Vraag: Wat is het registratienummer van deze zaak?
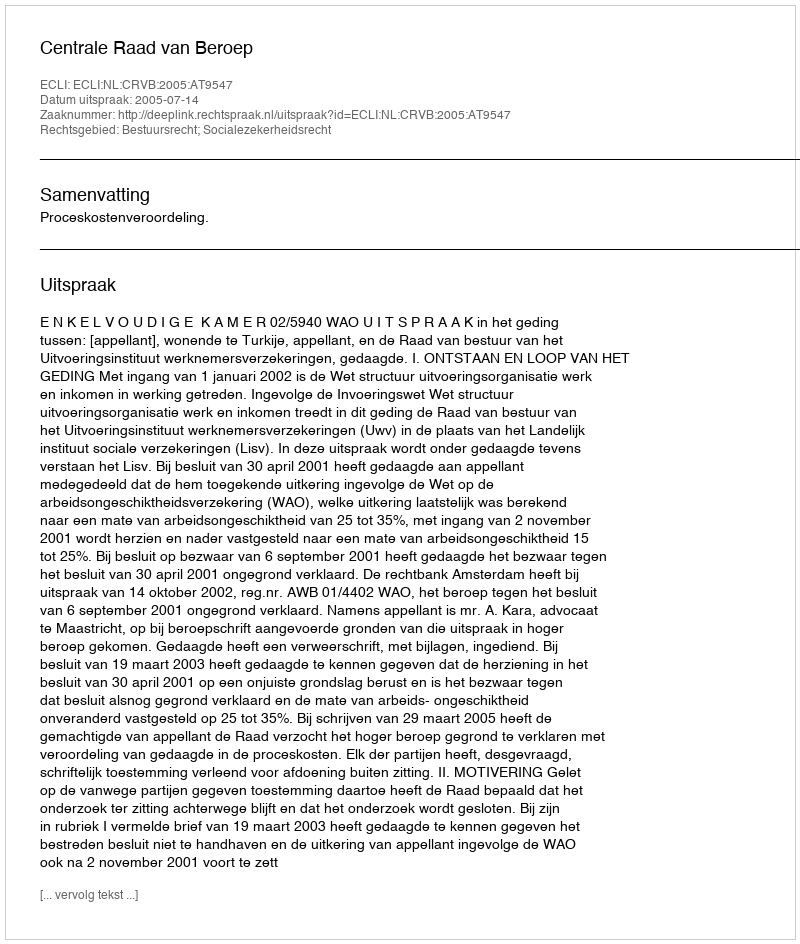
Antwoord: http://deeplink.rechtspraak.nl/uitspraak?id=ECLI:NL:CRVB:2005:AT9547